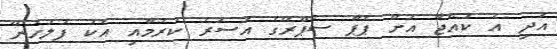
އަދި އެ ކުއްޖާ އަށް ޕެޕާ ސްޕްރޭގެ އަސަރު ކުރުމާއި އެކު ފުލުހުން